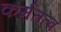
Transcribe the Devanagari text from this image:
कर्मतत्व